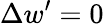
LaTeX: \Delta w^{\prime}=0